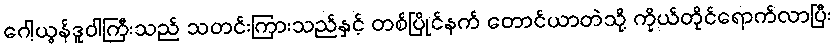
ဂေါ့ယွန်ဒူဝါကြီးသည် သတင်းကြားသည်နှင့် တစ်ပြိုင်နက် တောင်ယာတဲသို့ ကိုယ်တိုင်ရောက်လာပြီး